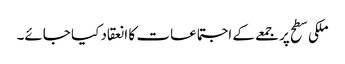
ملکی سطح پر جمعے کے اجتماعات کا انعقاد کیا جائے۔